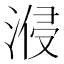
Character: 𣷽